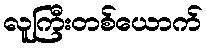
လူကြီးတစ်ယောက်